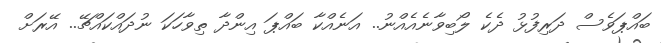
ބައްޕަވެސް ދަރިފުޅު ދެކެ ލޯބިވާނެއެއްނު.. އަނެއްކާ ބައްޕަ އިންދާ ތިވާހަކަ ނުދައްކައްޗޭ.. އޭރަށް